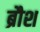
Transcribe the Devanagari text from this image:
ब्रौश